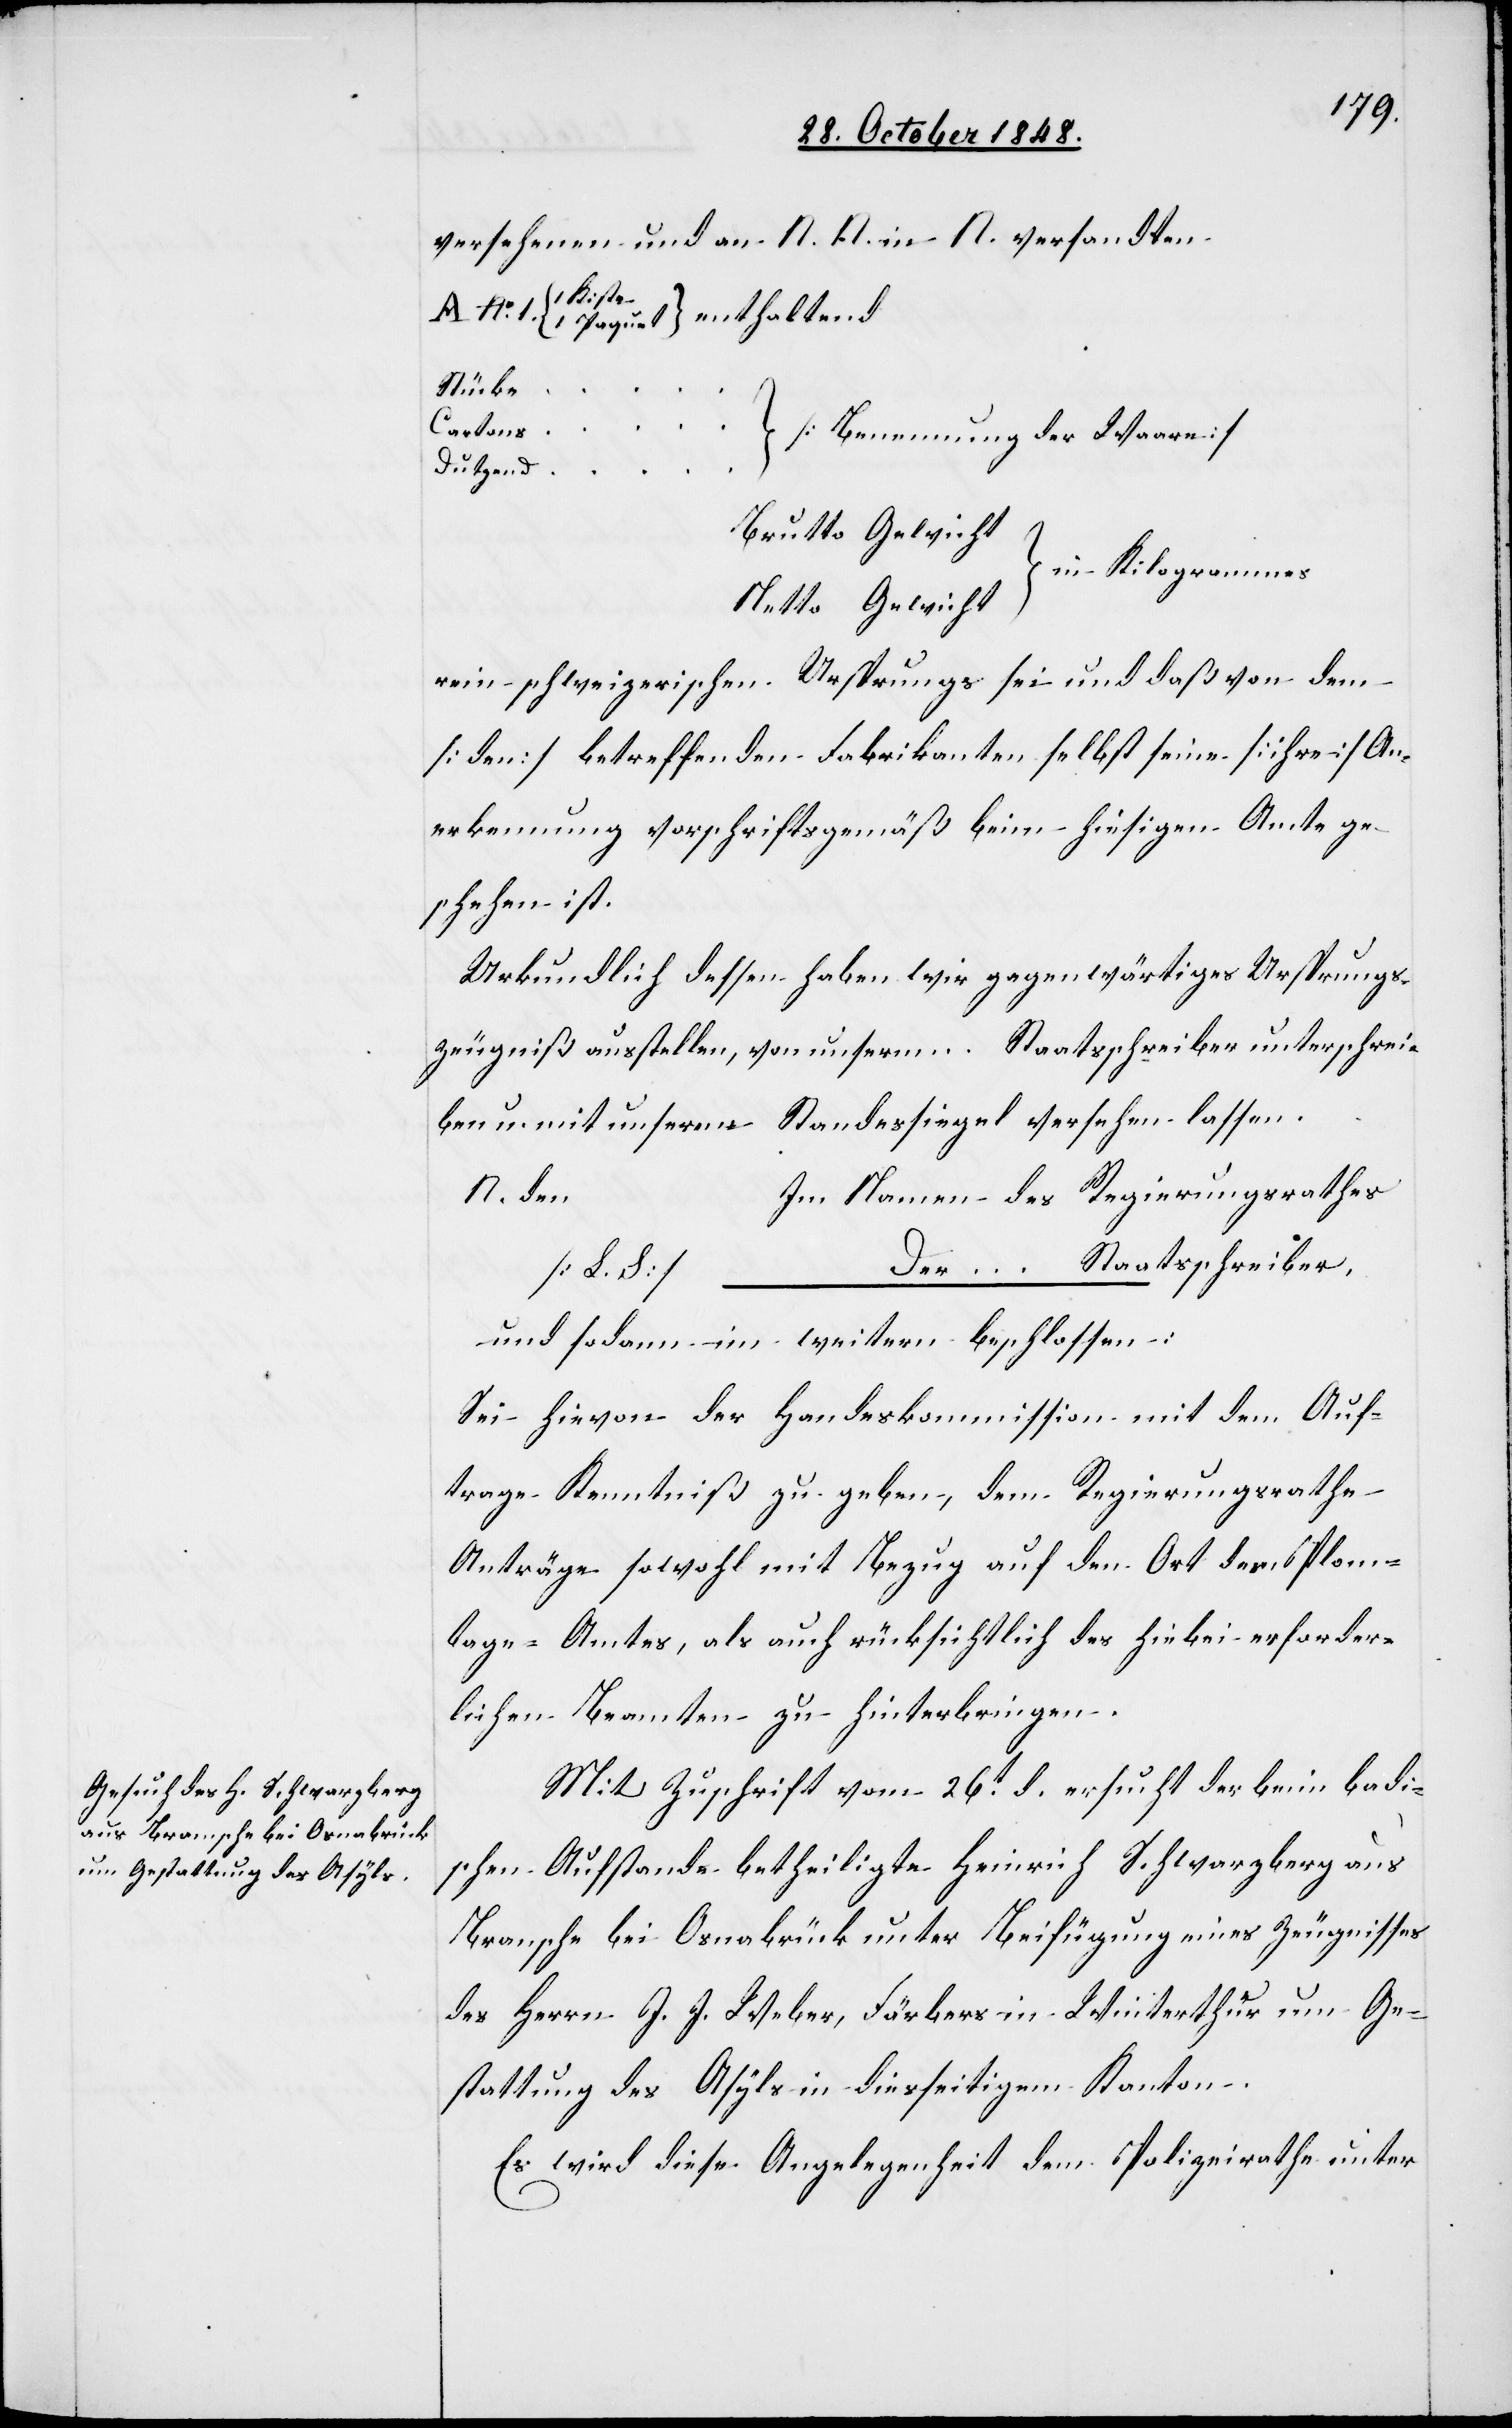
versehenen und an N. N. versandten
Kiste
Stücke …
…
Cartons
[Benennung der Waare]
Dutzend …
Brutto Gewicht
in Kilogrammes
Netto Gewicht
rein schweizerischen Ursprungs sei und daß von dem
[den] betreffenden Fabrikanten selbst seine [ihre] An¬
erkennung vorschriftsgemäß beim hiesigen Amte ge¬
schehen ist.
Urkundlich dessen haben wir gegenwärtiges Ursprungs¬
zeugniß ausstellen, von unserm … Staatsschreiber unterschrei¬
ben u. mit unserm Standessiegel versehen lassen.
N. den
im Namen des Regierungsrathes
Der … Staatsschreiber,
[L. L.]
und sodann im weitern beschlossen:
Sei hievon der Hande[l]skommission mit dem Auf¬
trage Kenntniß zu geben, dem Regierungsrathe
Anträge sowohl mit Bezug auf den Ort des Plom¬
bage-Amtes, als auch rücksichtlich des hiebei erforder¬
lichen Beamten zu hinterbringen.
Mit Zuschrift vom 26t d. ersucht der beim badi¬
schen Aufstande betheiligte Heinrich Schwarzberg aus
[sic!] bei Osnabrück unter Beifügung eines Zeugnisses
des Herrn J. J. Weber, Färbers in Winterthur um Ge¬
stattung des Asyls in diesseitigem Kanton.
Es wird diese Angelegenheit dem Polizeirathe unter